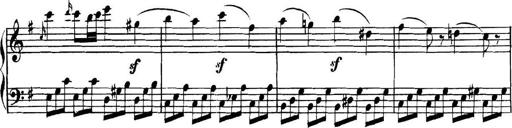
Title: Collected Piano Sonatas
Composer: Muzio Clementi